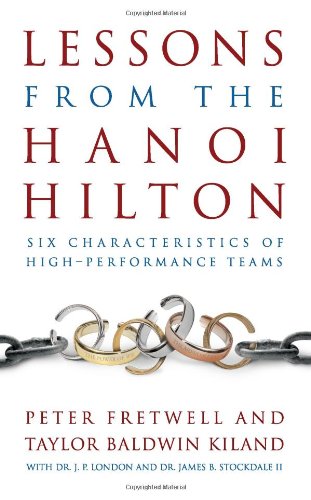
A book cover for Lessons from the Hanoi Hilton: Six Characteristics of High-Performance Teams; Peter Fretwell; Business & Money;